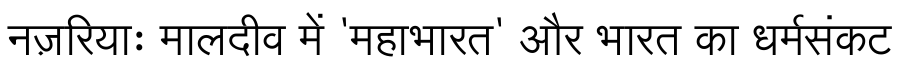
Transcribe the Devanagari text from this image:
नज़रियाः मालदीव में 'महाभारत' और भारत का धर्मसंकट